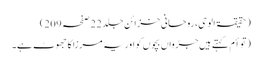
(حقیقۃ الوحی، روحانی خزائن جلد 22 صفحہ 209)
(توأم کہتے ہیں جڑواں بچوں کو اور یہ مرزا کا جھوٹ ہے۔